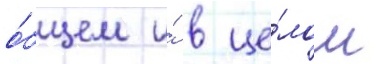
о́бщем и́ в це́лом